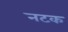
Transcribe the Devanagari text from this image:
नटक